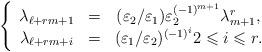
LaTeX: \begin{align*}\left\{\begin{array}{ccc}\lambda _{\ell +rm+1} & = & (\varepsilon _{2}/\varepsilon _{1})\varepsilon_{2}^{(-1)^{m+1}}\lambda _{m+1}^{r}, \\\lambda _{\ell +rm+i} & = & (\varepsilon _{1}/\varepsilon _{2})^{(-1)^{i}}2\leqslant i\leqslant r.\end{array}\right. \end{align*}